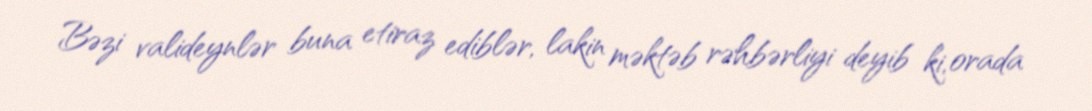
Bəzi valideynlər buna etiraz ediblər, lakin məktəb rəhbərliyi deyib ki, orada